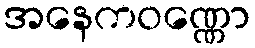
အနေကဝဏ္ဏော